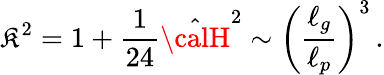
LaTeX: \mathfrak{K}^{2}=1+{\frac{{1}}{{24}}}\hat{{\calH}}^{2}\sim\left({\frac{{\ell_{g}}}{{\ell_{p}}}}\right)^{3}\, .